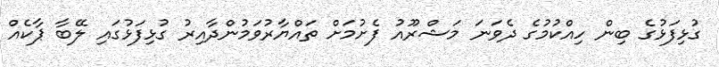
ގުޅިފަޅުގެ ބިން ހިއްކުމުގެ ދެވަނަ މަޝްރޫއު ފެށުމަށް ތައްޔާރުވަމުންދާއިރު ގުޅިފަޅުގައި ލޭބާ ޕާކެއް